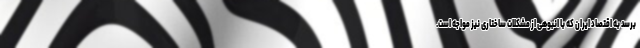
برسد به اقتصاد ایران که با انبوهی از مشکلات ساختاری نیز مواجه است.